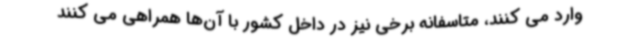
وارد می کنند، متاسفانه برخی نیز در داخل کشور با آن‌ها همراهی می کنند